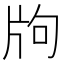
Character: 𤖵